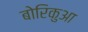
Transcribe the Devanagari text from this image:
बोरिकुआ